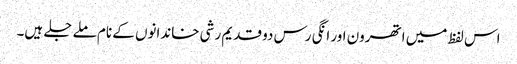
اس لفظ میں اتھرون اور انگی رس دو قدیم رشی خاندانوں کے نام ملے جلے ہیں۔